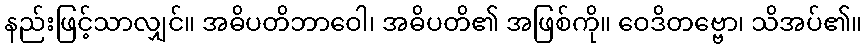
နည်းဖြင့်သာလျှင်။ အဓိပတိဘာဝေါ၊ အဓိပတိ၏ အဖြစ်ကို။ ဝေဒိတဗ္ဗော၊ သိအပ်၏။